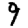
Digit: 9